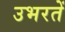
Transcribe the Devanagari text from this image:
उभरतें